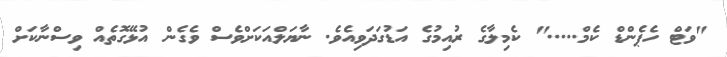
"ވަޓް ހެޕެންޑް ކެމް....." ކެމިލާގެ ރުއިމުގެ އަޑުގަދަވިއެވެ. ނާޔަލްއަކަށްވެސް ވެގެން އުޅޭގޮތެއް ވިސްނާކަށް